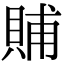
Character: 䝵